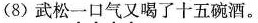
(8)武松一口气又喝了十五碗酒。